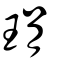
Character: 琄